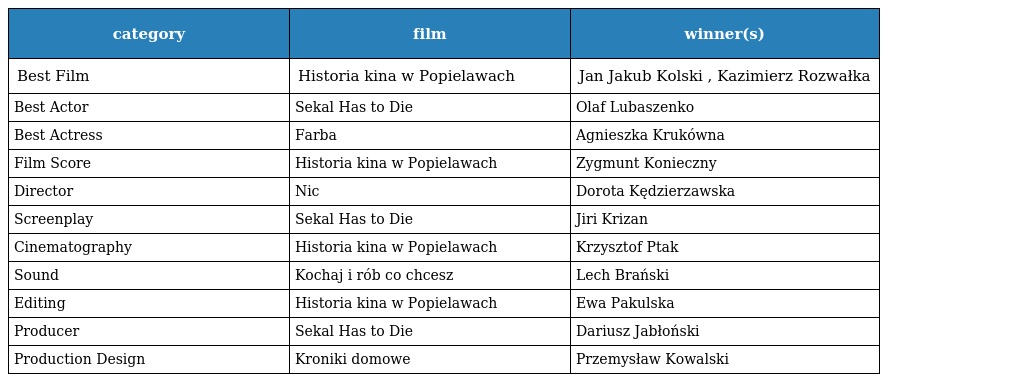
| category | film | winner(s) |
 | --- | --- | --- |
 | Best Film | Historia kina w Popielawach | Jan Jakub Kolski , Kazimierz Rozwałka |
 | Best Actor | Sekal Has to Die | Olaf Lubaszenko |
 | Best Actress | Farba | Agnieszka Krukówna |
 | Film Score | Historia kina w Popielawach | Zygmunt Konieczny |
 | Director | Nic | Dorota Kędzierzawska |
 | Screenplay | Sekal Has to Die | Jiri Krizan |
 | Cinematography | Historia kina w Popielawach | Krzysztof Ptak |
 | Sound | Kochaj i rób co chcesz | Lech Brański |
 | Editing | Historia kina w Popielawach | Ewa Pakulska |
 | Producer | Sekal Has to Die | Dariusz Jabłoński |
 | Production Design | Kroniki domowe | Przemysław Kowalski |